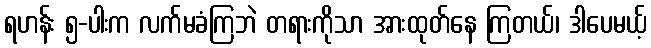
ရဟန်း ၅-ပါးက လက်မခံကြဘဲ တရားကိုသာ အားထုတ်နေ ကြတယ်၊ ဒါပေမယ့်